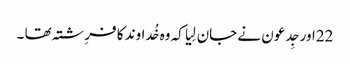
22اور جِدعو ن نے جان لِیا کہ وہ خُداوند کا فرِشتہ تھا ۔